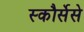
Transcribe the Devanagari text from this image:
स्कौर्सेसे